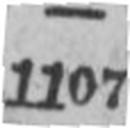
1107